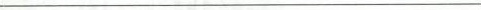
___